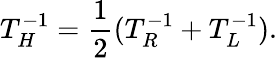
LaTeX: T_{H}^{-1}={\frac{1}{2}}(T_{R}^{-1}+T_{L}^{-1}).